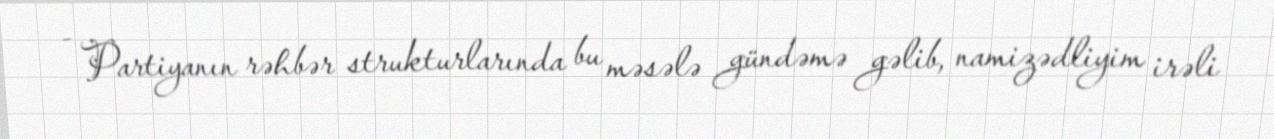
- Partiyanın rəhbər strukturlarında bu məsələ gündəmə gəlib, namizədliyim irəli